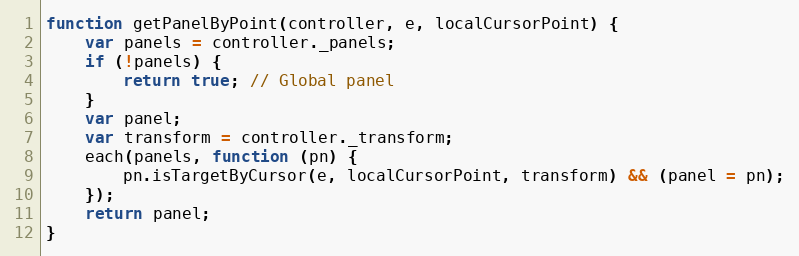
Language: JavaScript
function getPanelByPoint(controller, e, localCursorPoint) {
    var panels = controller._panels;
    if (!panels) {
        return true; // Global panel
    }
    var panel;
    var transform = controller._transform;
    each(panels, function (pn) {
        pn.isTargetByCursor(e, localCursorPoint, transform) && (panel = pn);
    });
    return panel;
}